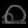
Digit: ၈